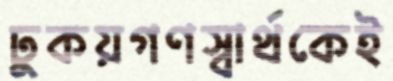
ঢুকয়গণস্বার্থকেই